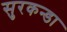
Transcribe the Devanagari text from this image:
सुरकन्डा